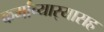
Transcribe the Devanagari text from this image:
कर्माच्यार्‍यासह